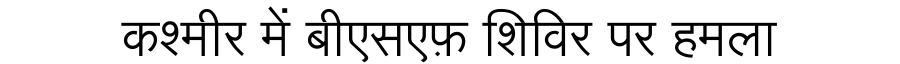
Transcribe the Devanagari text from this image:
कश्मीर में बीएसएफ़ शिविर पर हमला